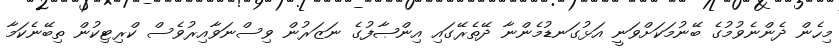
މިހެން ދެންނެވުމުގެ ބޭނުމަކަށްވަނީ އަޅުގަނޑުމެންނާ ދޭތެރޭގައި އިންޞާފުގެ ނަޒަރުން ވިސްނަވާއިރުވެސް ކްރިޓިކުން ތިބޭނެކަމާ